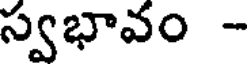
స్వభావం -